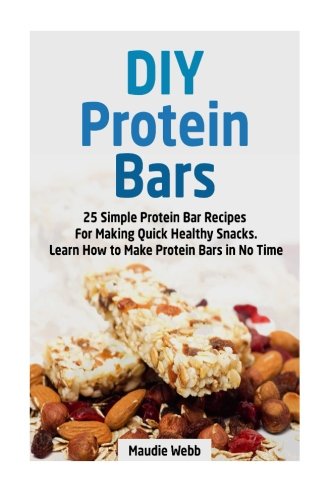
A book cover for DIY Protein Bars: 25 Simple Protein Bar Recipes For Making Quick Healthy Snacks. Learn How to Make Protein Bars in No Time (diy protein bars, protein bars, high protein snacks); Maudie Webb; Cookbooks, Food & Wine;